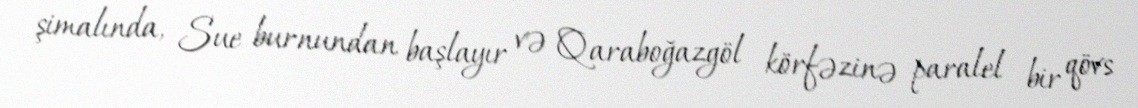
şimalında, Sue burnundan başlayır və Qaraboğazgöl körfəzinə paralel bir qövs